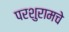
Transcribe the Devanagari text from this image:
परशुरामचे